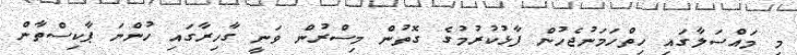
މި މައްސަލާގައި ހިތްހަމަނުޖެހުން ފާޅުކުރުމުގެ ގޮތުން މިސްރުން ވަނީ ގާހިރާގައި ހުންނަ ޕާކިސްތާން